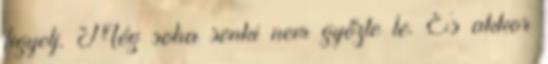
figyelj. Még soha senki nem győzte le. És akkor